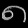
Digit: ၈